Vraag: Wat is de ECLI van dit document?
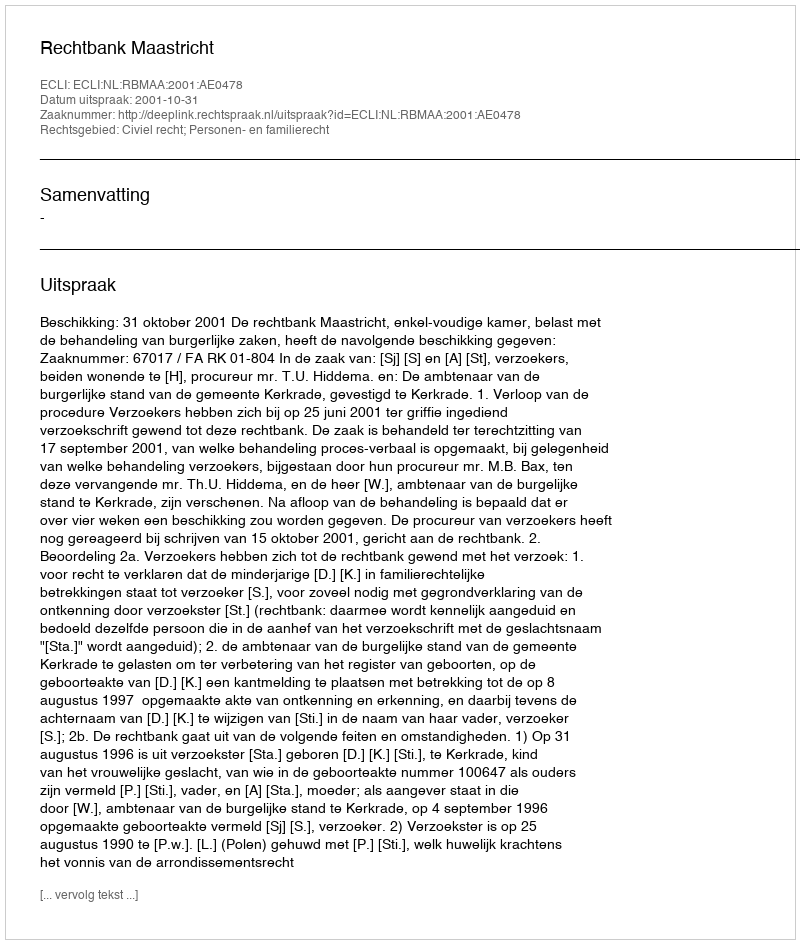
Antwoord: ECLI:NL:RBMAA:2001:AE0478